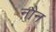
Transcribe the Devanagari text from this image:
नौन